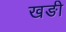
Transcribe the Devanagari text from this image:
खङी